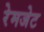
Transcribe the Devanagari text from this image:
रेमजेट